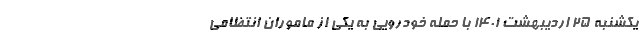
یکشنبه ۲۵ اردیبهشت ۱۴۰۱ با حمله خودرویی به یکی از ماموران انتظامی